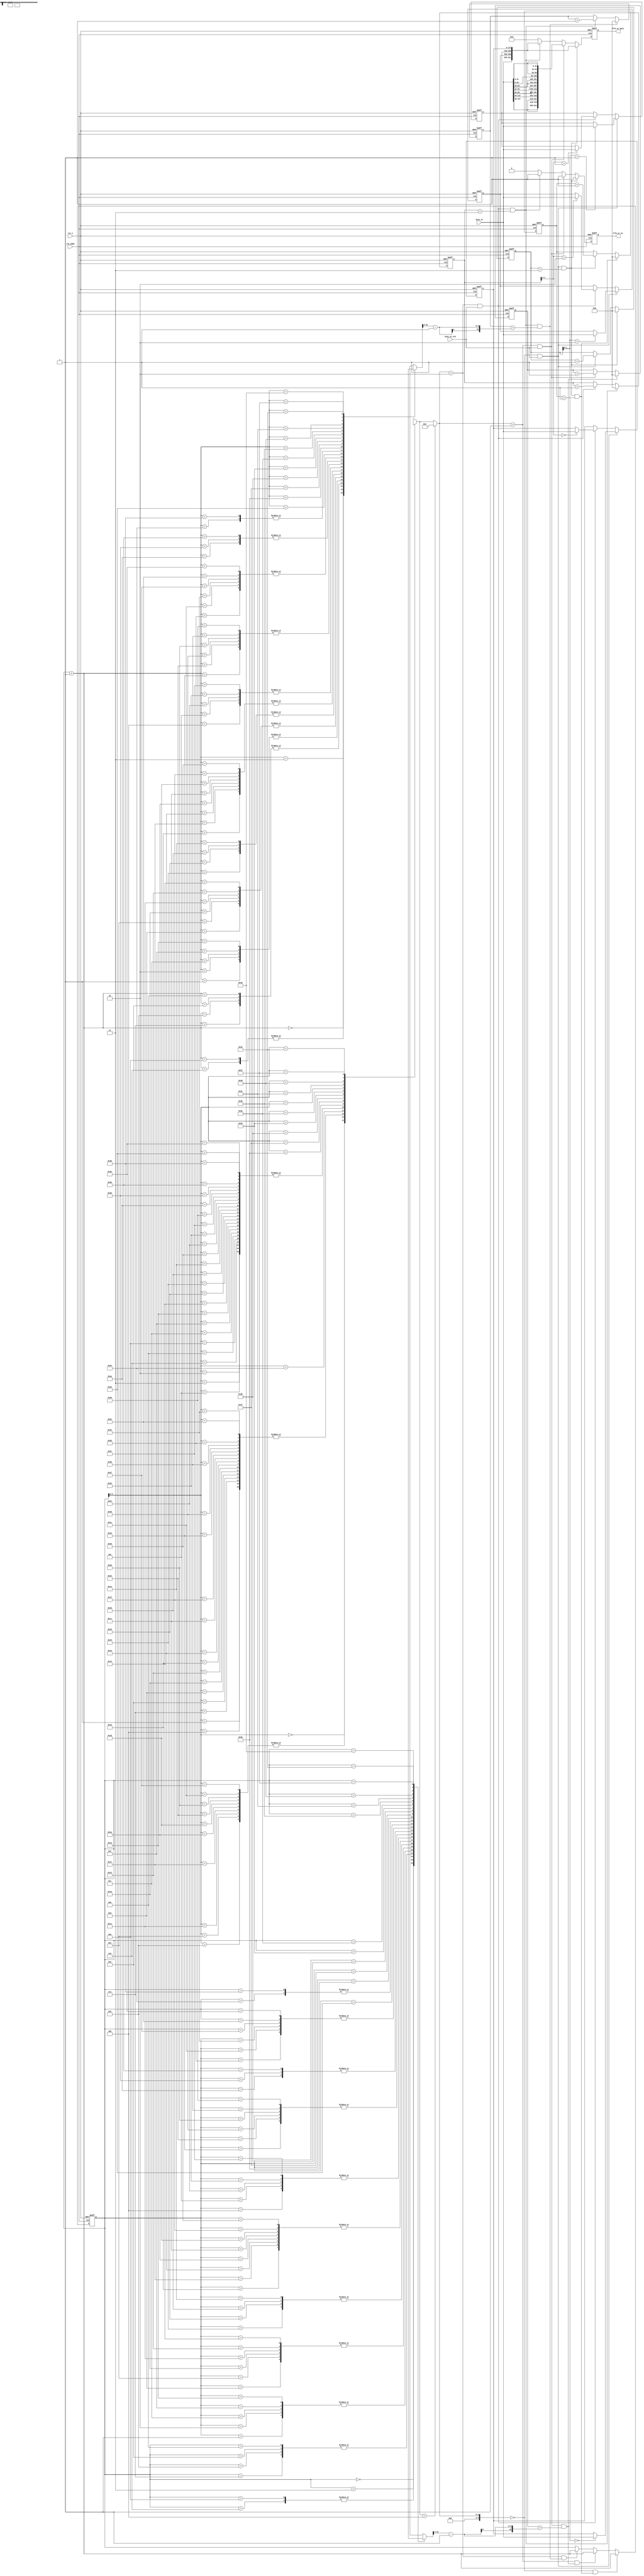
// This program was cloned from: https://github.com/eda-lab/CNNAF-CNN-Accelerator_init
// License: MIT License

module bias_ctrl(
    input                       clk_200M,
    input                       rst_n,
    
    input                       bias_in_vld,
    input [127:0]               bias_in,
    
    output reg                  fifo_wr_en,
    output reg [32*16-1 : 0]    fifo_wr_data
);
//-------------------------------------------
// regs & wires & parameters
//-------------------------------------------
parameter CONV_MODE  = 2'd0;
parameter DW_MODE    = 2'd1;
parameter PW_MODE    = 2'd2;
parameter AVGPL_MODE = 2'd3;

parameter L_CONV  = 3'd0;
parameter L_DW    = 3'd1;
parameter L_PW    = 3'd2;
parameter L_AVGPL = 3'd3;
parameter L_PW_SC = 3'd4;

wire [2:0]                      layer_type[63:0];

wire [6:0]                      pic_size_thre_128;
wire [6:0]                      pic_size_thre_64;
wire [6:0]                      pic_size_thre_32;
wire [6:0]                      pic_size_thre_16;
wire [6:0]                      pic_size_thre_8 ;
wire [6:0]                      pic_size_thre_4 ;

wire [10:0]                     c_size_i[64:0];

wire                            s_value[63:0];
wire                            conv_all_done;
wire                            dw_all_done;
wire                            pw_all_done;
reg [7:0]                       pic_size;
//-------------------------------------------
// layer_num_cur 
//-------------------------------------------
wire [6:0]                      layer_type_cur;
reg [6:0]                       layer_num_cur;
assign layer_type_cur = layer_type[layer_num_cur] == L_PW_SC ? L_PW : layer_type[layer_num_cur];

always @ (posedge clk_200M or negedge rst_n)
begin
    if(!rst_n) begin
        layer_num_cur <= 7'd0;
    end
    else if (layer_type_cur == L_CONV && conv_all_done == 1'b1) begin
        layer_num_cur <= layer_num_cur + 1'b1;
    end
    else if (layer_type_cur == L_DW && dw_all_done == 1'b1) begin
        layer_num_cur <= layer_num_cur + 1'b1;
    end
    else if (layer_type_cur == L_PW && pw_all_done == 1'b1) begin
        layer_num_cur <= layer_num_cur + 1'b1;
    end
end

//-------------------------------------------
// conv  bias 
//-------------------------------------------
reg [10:0]                      conv_bias_cnt_l1;
reg [10:0]                      conv_bias_cnt_l2;

always @ (posedge clk_200M or negedge rst_n)
begin
    if(!rst_n) begin
        conv_bias_cnt_l1 <= 11'd0;
    end
    else if (layer_type_cur == L_CONV && bias_in_vld == 1'b1 && conv_bias_cnt_l1 == 11'd3) begin
        conv_bias_cnt_l1 <= 11'd0;
    end
    else if (layer_type_cur == L_CONV && bias_in_vld == 1'b1) begin
        conv_bias_cnt_l1 <= conv_bias_cnt_l1 + 1'b1;
    end
end

wire                            conv_temp_rd_vld;
assign conv_temp_rd_vld = layer_type_cur == L_CONV && bias_in_vld == 1'b1 && conv_bias_cnt_l1 == 11'd3;

always @ (posedge clk_200M or negedge rst_n)
begin
    if(!rst_n) begin
        conv_bias_cnt_l2 <= 11'd0;
    end
    else if (layer_type_cur == L_CONV && bias_in_vld == 1'b1 && conv_bias_cnt_l1 == 11'd3 && conv_bias_cnt_l2 == 11'd1) begin
        conv_bias_cnt_l2 <= 11'd0;
    end
    else if (layer_type_cur == L_CONV && bias_in_vld == 1'b1 && conv_bias_cnt_l1 == 11'd3) begin
        conv_bias_cnt_l2 <= conv_bias_cnt_l2 + 1'b1;
    end
end

assign conv_all_done = layer_type_cur == L_CONV && bias_in_vld == 1'b1 && conv_bias_cnt_l1 == 11'd3 && conv_bias_cnt_l2 == 11'd1;

//-------------------------------------------
// dw  bias 
//-------------------------------------------
reg [10:0]                      dw_bias_cnt_l1;
reg [10:0]                      dw_bias_cnt_l2;

wire [10:0]                     c_size_i_quarter_1;
assign c_size_i_quarter_1 = c_size_i[layer_num_cur][10:2] - 1'b1;

always @ (posedge clk_200M or negedge rst_n)
begin
    if(!rst_n) begin
        dw_bias_cnt_l1 <= 11'd0;
    end
    else if (layer_type_cur == L_DW && bias_in_vld == 1'b1 && dw_bias_cnt_l1 == c_size_i_quarter_1) begin
        dw_bias_cnt_l1 <= 11'd0;
    end
    else if (layer_type_cur == L_DW && bias_in_vld == 1'b1) begin
        dw_bias_cnt_l1 <= dw_bias_cnt_l1 + 1'b1;
    end
end

wire                            dw_temp_rd_vld;
assign dw_temp_rd_vld = layer_type_cur == L_DW && bias_in_vld == 1'b1;

assign dw_all_done = layer_type_cur == L_DW && bias_in_vld == 1'b1 && dw_bias_cnt_l1 == c_size_i_quarter_1;

//-------------------------------------------
// pw  bias 
//-------------------------------------------
reg [10:0]                      pw_bias_cnt_l1;
reg [10:0]                      pw_bias_cnt_l2;
always @ (posedge clk_200M or negedge rst_n)
begin
    if(!rst_n) begin
        pw_bias_cnt_l1 <= 11'd0;
    end
    else if (layer_type_cur == L_PW && bias_in_vld == 1'b1 && pw_bias_cnt_l1 == 11'd3) begin
        pw_bias_cnt_l1 <= 11'd0;
    end
    else if (layer_type_cur == L_PW && bias_in_vld == 1'b1) begin
        pw_bias_cnt_l1 <= pw_bias_cnt_l1 + 1'b1;
    end
end

wire                            pw_temp_rd_vld;
assign pw_temp_rd_vld = layer_type_cur == L_PW && bias_in_vld == 1'b1 && pw_bias_cnt_l1 == 11'd3;

wire [10:0]                     c_size_o_quarter_1;
assign c_size_o_quarter_1 = c_size_i[layer_num_cur + 1][10:2] - 1'b1;

always @ (posedge clk_200M or negedge rst_n)
begin
    if(!rst_n) begin
        pw_bias_cnt_l2 <= 11'd0;
    end
    else if (layer_type_cur == L_PW && bias_in_vld == 1'b1 && pw_bias_cnt_l1 == 11'd3 && pw_bias_cnt_l2 == c_size_o_quarter_1) begin
        pw_bias_cnt_l2 <= 11'd0;
    end
    else if (layer_type_cur == L_PW && bias_in_vld == 1'b1 && pw_bias_cnt_l1 == 11'd3) begin
        pw_bias_cnt_l2 <= pw_bias_cnt_l2 + 1'b1;
    end
end

assign pw_all_done = layer_type_cur == L_PW && bias_in_vld == 1'b1 && pw_bias_cnt_l1 == 11'd3 && pw_bias_cnt_l2 == c_size_o_quarter_1;
//-------------------------------------------
// 
//-------------------------------------------
reg [127:0]                     bias_temp[3:0];
integer j;
always @ (posedge clk_200M or negedge rst_n)
begin
    if(!rst_n) begin
        for(j = 0; j < 4; j = j + 1) begin
            bias_temp[j] <= 128'b0;
        end
    end
    else if (layer_type_cur == L_CONV && bias_in_vld == 1'b1) begin
        bias_temp[conv_bias_cnt_l1] <= bias_in;
    end
    else if (layer_type_cur == L_PW && bias_in_vld == 1'b1) begin
        bias_temp[pw_bias_cnt_l1] <= bias_in;
    end
end

//-------------------------------------------
// fifo 
//-------------------------------------------
// reg                             fifo_wr_en;
always @ (posedge clk_200M or negedge rst_n)
begin
    if(!rst_n) begin
        fifo_wr_en <= 1'b0;
    end
    else if (conv_temp_rd_vld == 1'b1) begin
        fifo_wr_en <= 1'b1;
    end
    else if (dw_temp_rd_vld == 1'b1) begin
        fifo_wr_en <= 1'b1;
    end
    else if (pw_temp_rd_vld == 1'b1) begin
        fifo_wr_en <= 1'b1;
    end
    else begin
        fifo_wr_en <= 1'b0;
    end
end

// reg [32*16-1 : 0]               fifo_wr_data;
always @ (posedge clk_200M or negedge rst_n)
begin
    if(!rst_n) begin
        fifo_wr_data <= 512'b0;
    end
    else if (conv_temp_rd_vld == 1'b1) begin
        fifo_wr_data <= {bias_in, bias_temp[2], bias_temp[1], bias_temp[0]};
    end
    else if (dw_temp_rd_vld == 1'b1) begin
        fifo_wr_data <= {{4{bias_in[127:96]}}, 
                         {4{bias_in[ 95:64]}}, 
                         {4{bias_in[ 63:32]}}, 
                         {4{bias_in[ 31: 0]}}};
    end
    else if (pw_temp_rd_vld == 1'b1) begin
        fifo_wr_data <= {bias_in, bias_temp[2], bias_temp[1], bias_temp[0]};
    end
    else begin
        fifo_wr_data <= 512'b0;
    end
end

//-------------------------------------------
// 
//-------------------------------------------
//layer type
assign layer_type[0]  = L_CONV;  assign layer_type[3] = L_PW;     assign layer_type[6] = L_PW;
assign layer_type[1]  = L_DW;    assign layer_type[4] = L_DW;     assign layer_type[7] = L_DW;
assign layer_type[2]  = L_PW;    assign layer_type[5] = L_PW;     assign layer_type[8] = L_PW_SC;

assign layer_type[9 ] = L_PW;    assign layer_type[12] = L_PW;    assign layer_type[15] = L_PW;
assign layer_type[10] = L_DW;    assign layer_type[13] = L_DW;    assign layer_type[16] = L_DW;
assign layer_type[11] = L_PW;    assign layer_type[14] = L_PW_SC; assign layer_type[17] = L_PW_SC;

assign layer_type[18] = L_PW;    assign layer_type[21] = L_PW;    assign layer_type[24] = L_PW;
assign layer_type[19] = L_DW;    assign layer_type[22] = L_DW;    assign layer_type[25] = L_DW;
assign layer_type[20] = L_PW;    assign layer_type[23] = L_PW_SC; assign layer_type[26] = L_PW_SC;

assign layer_type[27] = L_PW;    assign layer_type[30] = L_PW;    assign layer_type[33] = L_PW;
assign layer_type[28] = L_DW;    assign layer_type[31] = L_DW;    assign layer_type[34] = L_DW;
assign layer_type[29] = L_PW_SC; assign layer_type[32] = L_PW;    assign layer_type[35] = L_PW_SC;

assign layer_type[36] = L_PW;    assign layer_type[39] = L_PW;    assign layer_type[42] = L_PW;
assign layer_type[37] = L_DW;    assign layer_type[40] = L_DW;    assign layer_type[43] = L_DW;
assign layer_type[38] = L_PW_SC; assign layer_type[41] = L_PW;    assign layer_type[44] = L_PW_SC;

assign layer_type[45] = L_PW;    assign layer_type[48] = L_PW;    assign layer_type[51] = L_PW;
assign layer_type[46] = L_DW;    assign layer_type[49] = L_DW;    assign layer_type[52] = L_AVGPL;
assign layer_type[47] = L_PW_SC; assign layer_type[50] = L_PW;    assign layer_type[53] = L_PW;

assign pic_size_thre_128 = 7'd0;
assign pic_size_thre_64  = 7'd4;
assign pic_size_thre_32  = 7'd10;
assign pic_size_thre_16  = 7'd19;
assign pic_size_thre_8   = 7'd40;
assign pic_size_thre_4   = 7'd52; 

always @ (*)
begin
    if (layer_num_cur <= pic_size_thre_128) begin
        pic_size = 8'd128;
    end
    else if (layer_num_cur <= pic_size_thre_64) begin
        pic_size = 8'd64;
    end
    else if (layer_num_cur <= pic_size_thre_32) begin
        pic_size = 8'd32;
    end
    else if (layer_num_cur <= pic_size_thre_16) begin
        pic_size = 8'd16;
    end
    else if (layer_num_cur <= pic_size_thre_8) begin
        pic_size = 8'd8;
    end
    else if (layer_num_cur <= pic_size_thre_4) begin
        pic_size = 8'd4;
    end
    else begin
        pic_size = 8'd1;
    end
end

//c_size_i
assign c_size_i[ 0] = 11'd3   ; assign c_size_i[ 1] = 11'd32  ; assign c_size_i[ 2] = 11'd32  ;
assign c_size_i[ 3] = 11'd16  ; assign c_size_i[ 4] = 11'd96  ; assign c_size_i[ 5] = 11'd96  ;
assign c_size_i[ 6] = 11'd24  ; assign c_size_i[ 7] = 11'd144 ; assign c_size_i[ 8] = 11'd144 ;
assign c_size_i[ 9] = 11'd24  ; assign c_size_i[10] = 11'd144 ; assign c_size_i[11] = 11'd144 ;
assign c_size_i[12] = 11'd32  ; assign c_size_i[13] = 11'd192 ; assign c_size_i[14] = 11'd192 ;
assign c_size_i[15] = 11'd32  ; assign c_size_i[16] = 11'd192 ; assign c_size_i[17] = 11'd192 ;
assign c_size_i[18] = 11'd32  ; assign c_size_i[19] = 11'd192 ; assign c_size_i[20] = 11'd192 ;
assign c_size_i[21] = 11'd64  ; assign c_size_i[22] = 11'd384 ; assign c_size_i[23] = 11'd384 ;
assign c_size_i[24] = 11'd64  ; assign c_size_i[25] = 11'd384 ; assign c_size_i[26] = 11'd384 ;
assign c_size_i[27] = 11'd64  ; assign c_size_i[28] = 11'd384 ; assign c_size_i[29] = 11'd384 ;
assign c_size_i[30] = 11'd64  ; assign c_size_i[31] = 11'd384 ; assign c_size_i[32] = 11'd384 ;
assign c_size_i[33] = 11'd96  ; assign c_size_i[34] = 11'd576 ; assign c_size_i[35] = 11'd576 ;
assign c_size_i[36] = 11'd96  ; assign c_size_i[37] = 11'd576 ; assign c_size_i[38] = 11'd576 ;
assign c_size_i[39] = 11'd96  ; assign c_size_i[40] = 11'd576 ; assign c_size_i[41] = 11'd576 ;
assign c_size_i[42] = 11'd160 ; assign c_size_i[43] = 11'd960 ; assign c_size_i[44] = 11'd960 ;
assign c_size_i[45] = 11'd160 ; assign c_size_i[46] = 11'd960 ; assign c_size_i[47] = 11'd960 ;
assign c_size_i[48] = 11'd160 ; assign c_size_i[49] = 11'd960 ; assign c_size_i[50] = 11'd960 ;
assign c_size_i[51] = 11'd320 ; assign c_size_i[52] = 11'd1280; assign c_size_i[53] = 11'd1280;
assign c_size_i[54] = 11'd1001;

//stride
assign s_value[ 0] = 1'd1; assign s_value[ 1] = 1'd0; assign s_value[ 2] = 1'd0;
assign s_value[ 3] = 1'd0; assign s_value[ 4] = 1'd1; assign s_value[ 5] = 1'd0;
assign s_value[ 6] = 1'd0; assign s_value[ 7] = 1'd0; assign s_value[ 8] = 1'd0;
assign s_value[ 9] = 1'd0; assign s_value[10] = 1'd1; assign s_value[11] = 1'd0;
assign s_value[12] = 1'd0; assign s_value[13] = 1'd0; assign s_value[14] = 1'd0;
assign s_value[15] = 1'd0; assign s_value[16] = 1'd0; assign s_value[17] = 1'd0;
assign s_value[18] = 1'd0; assign s_value[19] = 1'd1; assign s_value[20] = 1'd0;
assign s_value[21] = 1'd0; assign s_value[22] = 1'd0; assign s_value[23] = 1'd0;
assign s_value[24] = 1'd0; assign s_value[25] = 1'd0; assign s_value[26] = 1'd0;
assign s_value[27] = 1'd0; assign s_value[28] = 1'd0; assign s_value[29] = 1'd0;
assign s_value[30] = 1'd0; assign s_value[31] = 1'd0; assign s_value[32] = 1'd0;
assign s_value[33] = 1'd0; assign s_value[34] = 1'd0; assign s_value[35] = 1'd0;
assign s_value[36] = 1'd0; assign s_value[37] = 1'd0; assign s_value[38] = 1'd0;
assign s_value[39] = 1'd0; assign s_value[40] = 1'd1; assign s_value[41] = 1'd0;
assign s_value[42] = 1'd0; assign s_value[43] = 1'd0; assign s_value[44] = 1'd0;
assign s_value[45] = 1'd0; assign s_value[46] = 1'd0; assign s_value[47] = 1'd0;
assign s_value[48] = 1'd0; assign s_value[49] = 1'd0; assign s_value[50] = 1'd0;
assign s_value[51] = 1'd0; assign s_value[52] = 1'd0; assign s_value[53] = 1'd0;


endmodule